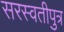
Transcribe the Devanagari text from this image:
सरस्वतीपुत्र